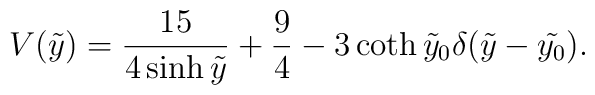
V(\tilde{y}) = \frac{15}{4\sinh{\tilde{y}}}+\frac{9}{4}-3\coth{\tilde{y}_0}\delta(\tilde{y}-\tilde{y_0}).